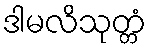
ဒါမလိသုတ္တံ